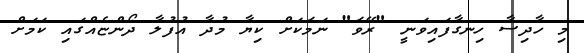
މި ހާދިސާ ހިނގާފައިވަނީ "ރޭވަ" ނަމަކަށް ކިޔާ މުދާ އުފުލާ ދޯންޏެއްގައި ކަމަށް